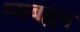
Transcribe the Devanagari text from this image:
व्यबह्वत